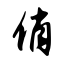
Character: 俏